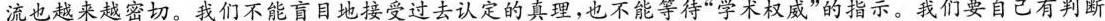
流也越来越密切。我们不能盲目地接受过去认定的真理，也不能等待”学术权威”的指示。我们要自己有判断